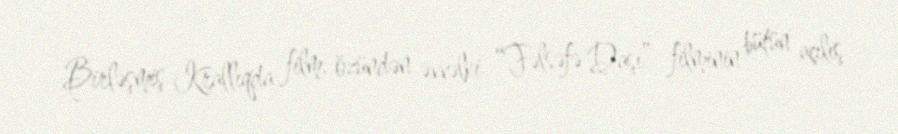
Birləşmiş Krallıqda film, özündən əvvəlki “Fəlsəfə Daşı” filminin bütün açılış